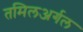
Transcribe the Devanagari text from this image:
तमिलअर्गल